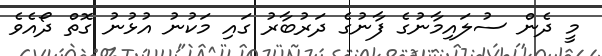
މީ ދެން ސުލައިމާނުގެ ފާނުގެ ދަރުބާރު ގައި މަކުނު އުޅުނު ގޮތް ދޯއެވެ